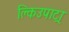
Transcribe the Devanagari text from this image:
क्लिउपाट्रा